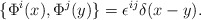
\begin{align*}\{\Phi^{i}(x), \Phi^{j}(y)\}=\epsilon^{ij}\delta(x-y). \end{align*}